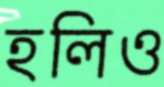
হলিও